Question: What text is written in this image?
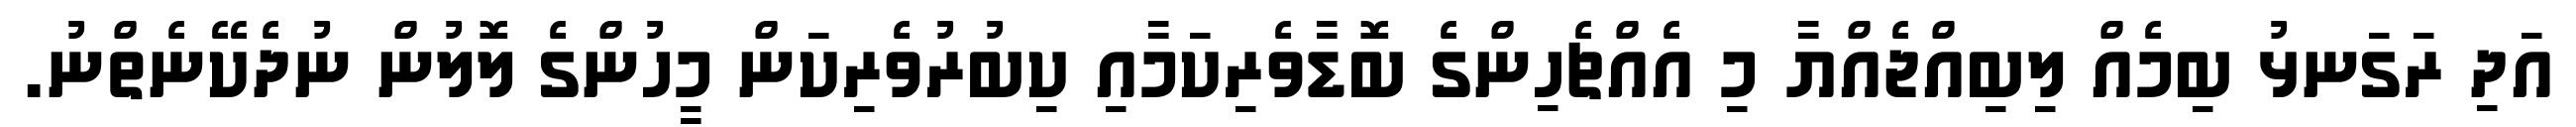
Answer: އަދި ރަގަނޅު ބިމެއް ލިބިއްޖެއްޔާ މި އެއްޗެހިންގެ ބޮޑާވެރިކަމާއި ކިބުރުވެރިކަން މީހުންގެ ލޮލުން ނުދެކޭނެތްނު.